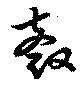
珏